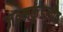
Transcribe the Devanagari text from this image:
जन्मकुंडलीत